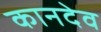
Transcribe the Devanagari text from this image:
कानदेव